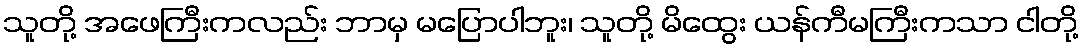
သူတို့ အဖေကြီးကလည်း ဘာမှ မပြောပါဘူး၊ သူတို့ မိထွေး ယန်ကီမကြီးကသာ ငါတို့